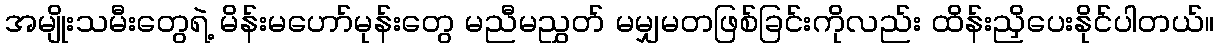
အမျိုးသမီးတွေရဲ့ မိန်းမဟော်မုန်းတွေ မညီမညွှတ် မမျှမတဖြစ်ခြင်းကိုလည်း ထိန်းညှိပေးနိုင်ပါတယ်။